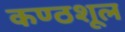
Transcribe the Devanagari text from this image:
कण्ठशूल